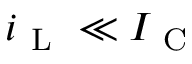
i _ { \mathrm { ~ L ~ } } \ll I _ { \mathrm { ~ C ~ } }